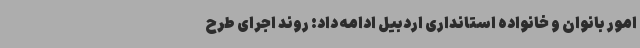
امور بانوان و خانواده استانداری اردبیل ادامه داد: روند اجرای طرح